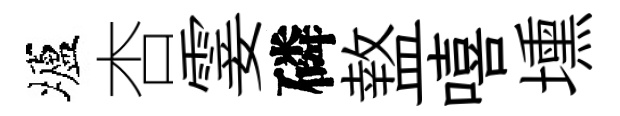
壚杏霎磷盩嘻壎